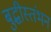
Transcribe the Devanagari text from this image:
बुद्धीस्तंभन